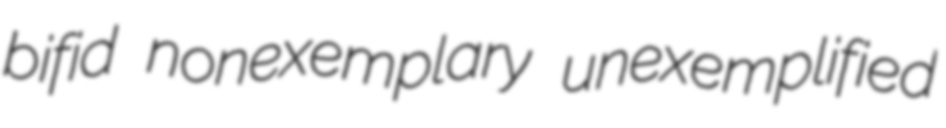
bifid nonexemplary unexemplified